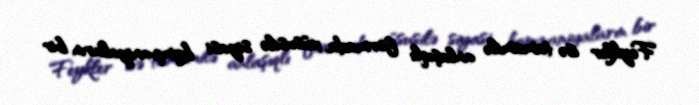
Feykler isə tamamilə anlaşıqlı formada, xüsusilə siyasi kampaniyaların bir